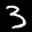
Label: 3